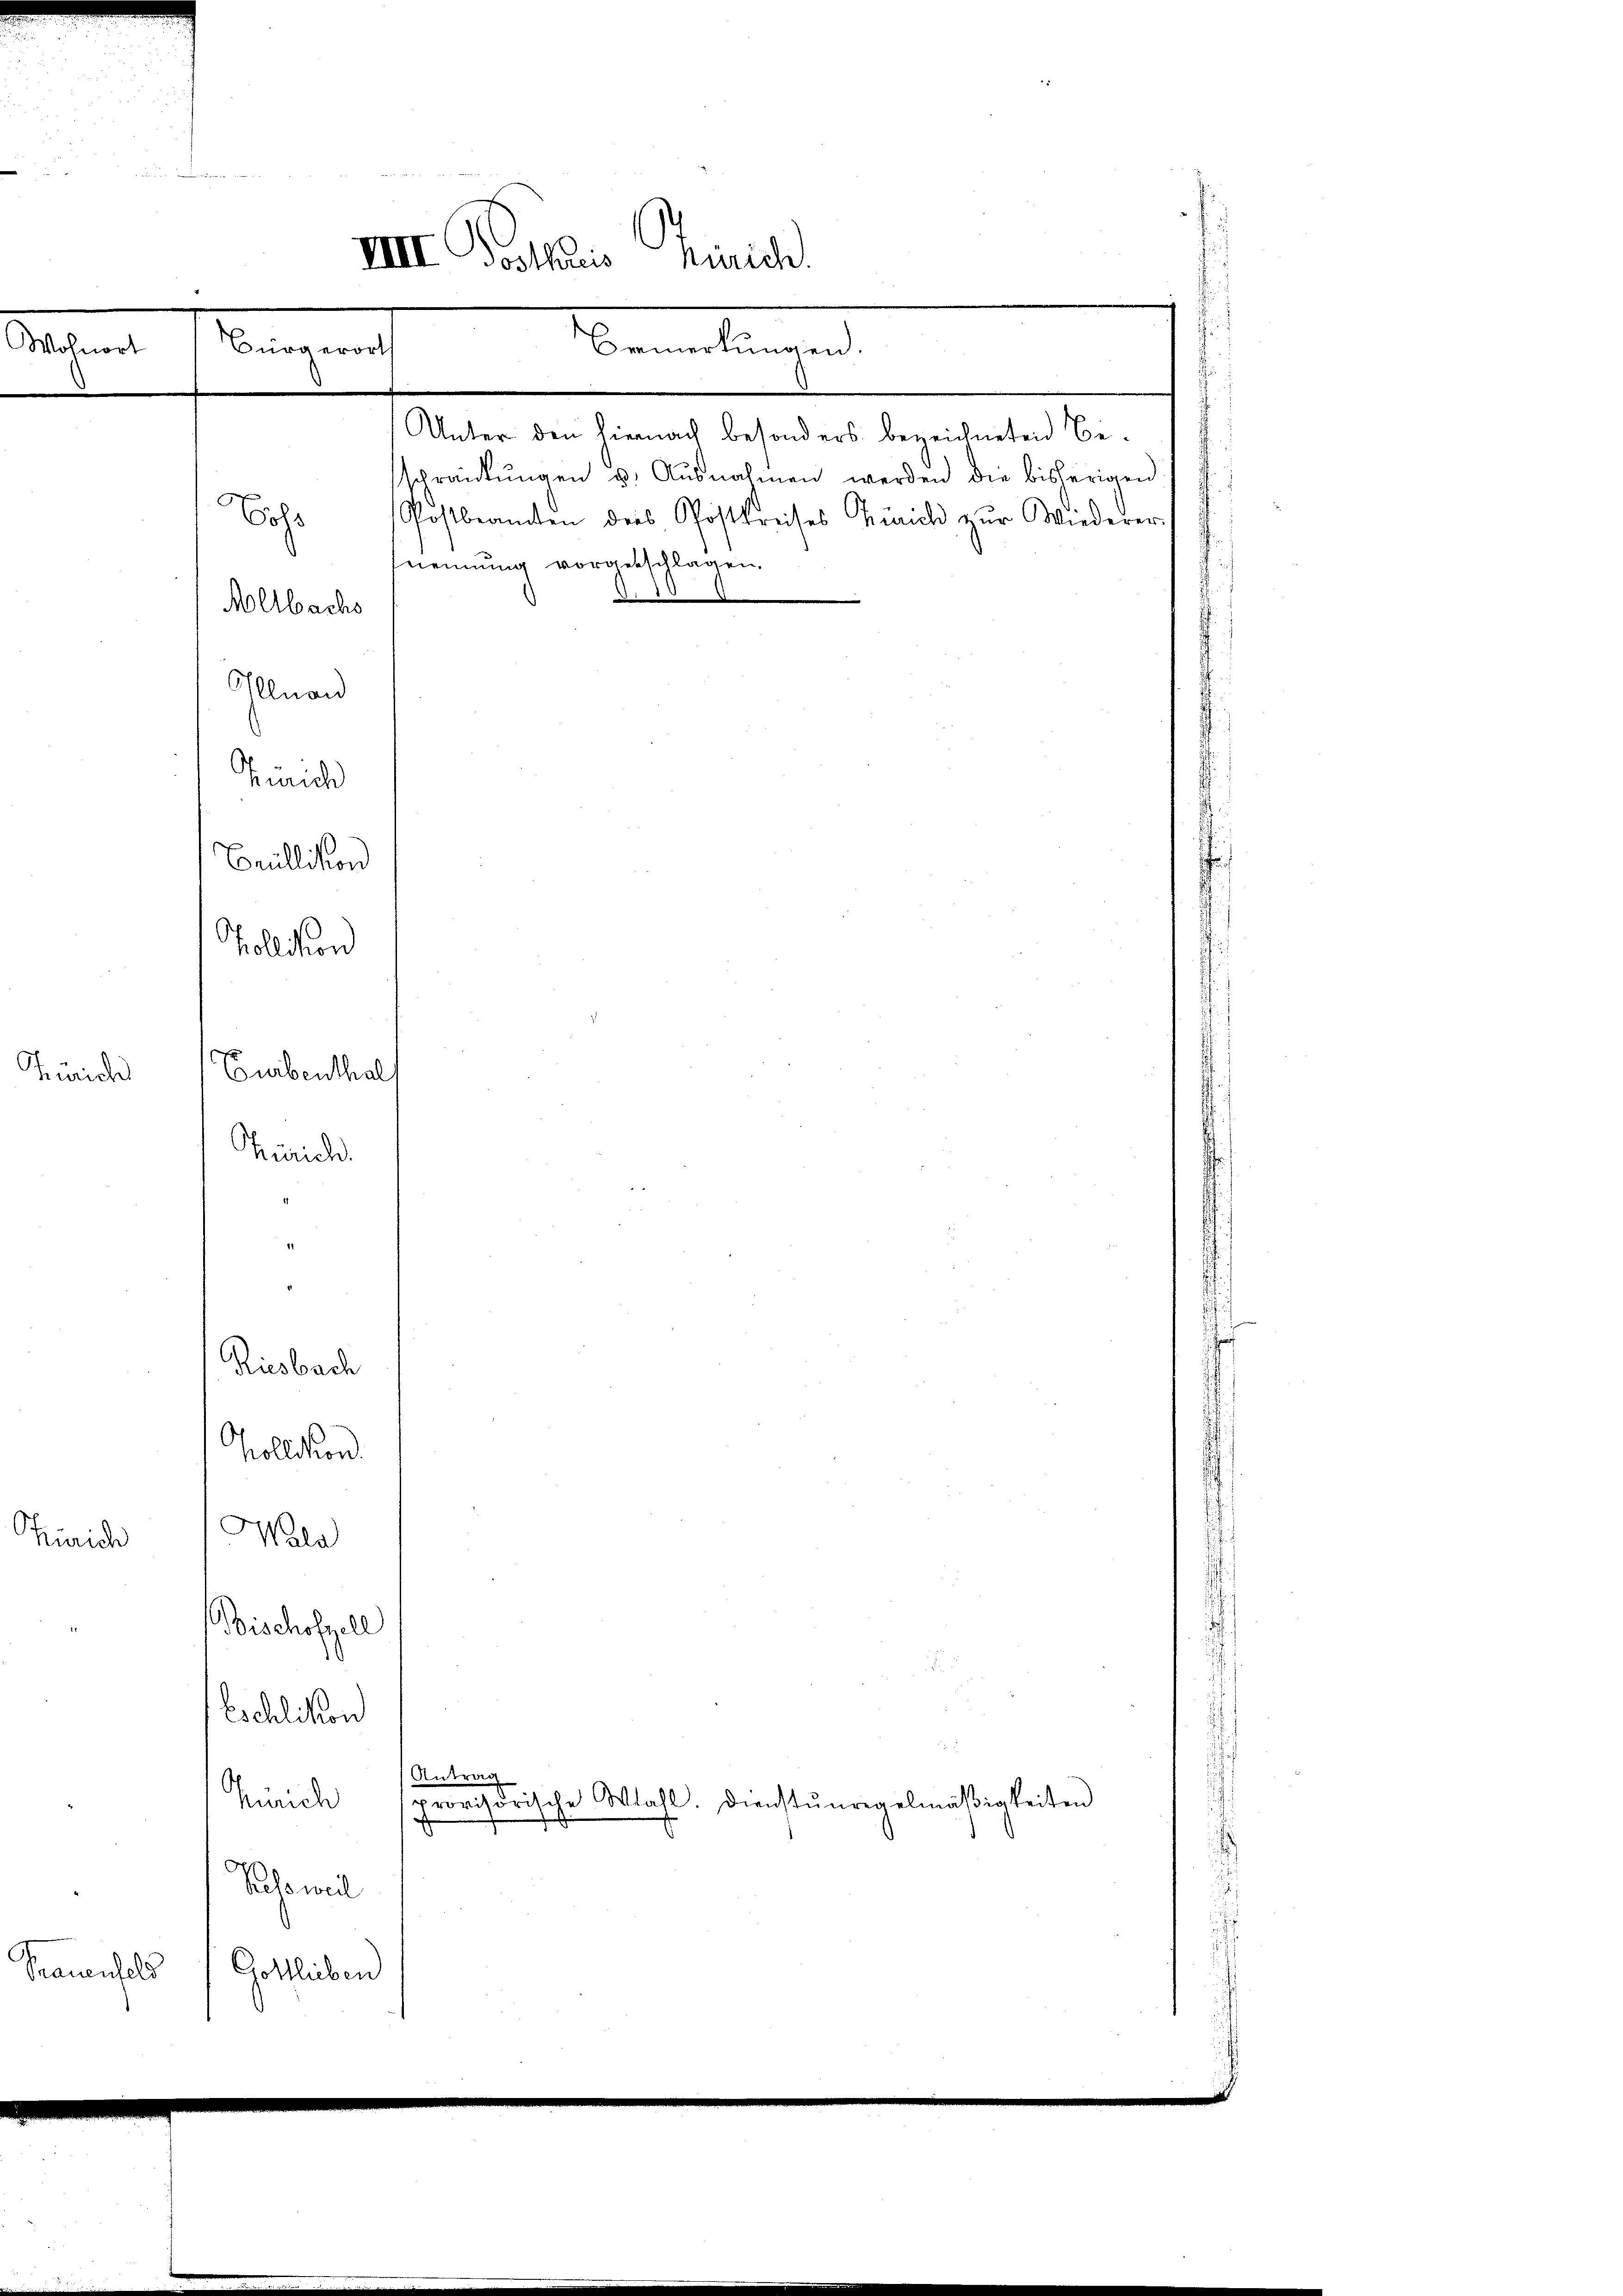
Turich

.

d leben eine
¬
VIII Posthaus Zürich
Wohnort
Bürgerort
Bemerkungen.

Zürich

d
Zürich
Grüllikon
Pollikon
Eurbenthal
Zürich.
Riesbach
Kollikon.
Wala

bohr
Melbachs
Illnau

Unter den hiernach besonders bezeichneten Be¬

sschränkungen u. Ausnahmen werden die bisherigen
Postbeamten des Postkreises Gerich zŭr Wiederer-
nennung vorgeschlagen.
d. 10

Bischofzell
Eschlikon
i
Antrag
Zürich
rydrische Wahl. Dienstŭnregelmäβigkeiten
u
¬
Siche weil
auenfels
Gottliebend